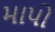
માપો